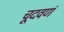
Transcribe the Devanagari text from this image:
चूदवणं